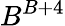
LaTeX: B^{B+4}